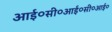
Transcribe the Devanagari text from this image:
आई०सी०आई०सी०आई०